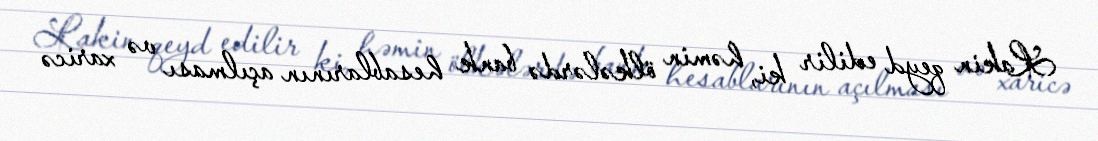
Lakin qeyd edilir ki, həmin ölkələrdə bank hesablarının açılması və xaricə